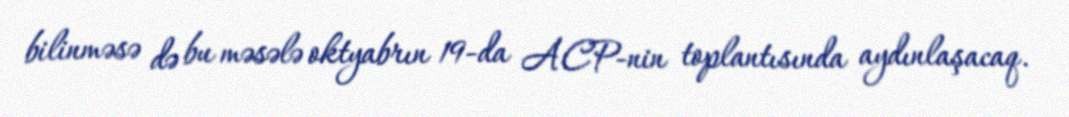
bilinməsə də bu məsələ oktyabrın 19-da ACP-nin toplantısında aydınlaşacaq.